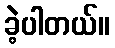
ခဲ့ပါတယ်။